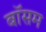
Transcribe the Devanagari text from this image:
बॉसम